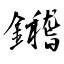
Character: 鑙